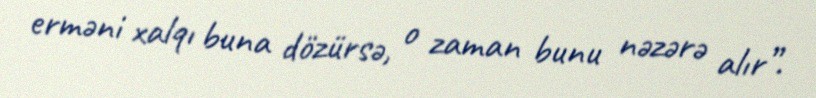
erməni xalqı buna dözürsə, o zaman bunu nəzərə alır”.